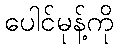
ပေါင်မုန့်ကို